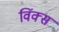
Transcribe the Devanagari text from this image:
विंक्स